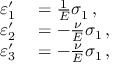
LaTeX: \begin{array} { r l } { \varepsilon _ { 1 } ^ { \prime } } & { { } = { \frac { 1 } { E } } \sigma _ { 1 } \, , } \\ { \varepsilon _ { 2 } ^ { \prime } } & { { } = - { \frac { \nu } { E } } \sigma _ { 1 } \, , } \\ { \varepsilon _ { 3 } ^ { \prime } } & { { } = - { \frac { \nu } { E } } \sigma _ { 1 } \, , } \end{array}